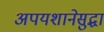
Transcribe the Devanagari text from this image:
अपयशानेसुद्धा